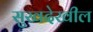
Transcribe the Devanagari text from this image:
सुखदेखील